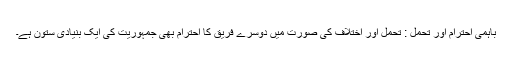
باہمی احترام اور تحمل : تحمل اور اختلاف کی صورت میں دوسرے فریق کا احترام بھی جمہوریت کی ایک بنیادی ستون ہے۔